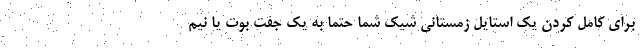
برای کامل کردن یک استایل زمستانی شیک شما حتما به یک جفت بوت یا نیم